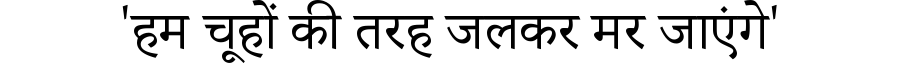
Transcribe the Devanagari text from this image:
'हम चूहों की तरह जलकर मर जाएंगे'